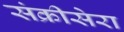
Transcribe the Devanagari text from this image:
संक्रीसेरा